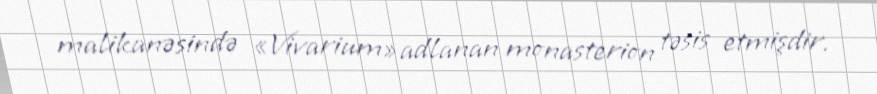
malikanəsində «Vivarium» adlanan monasterion təsis etmişdir.